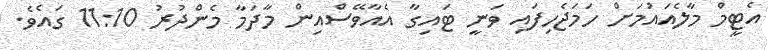
އެޓީމް މާލެއައުމަށް ހަމަޖެހިފައި ވަނީ ޓައިގާ އެއާވޭސްއިން މާދަމާ މެންދުރު 11:10 ގައެވެ.